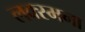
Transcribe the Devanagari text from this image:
लक्स्मना